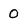
Character: 0